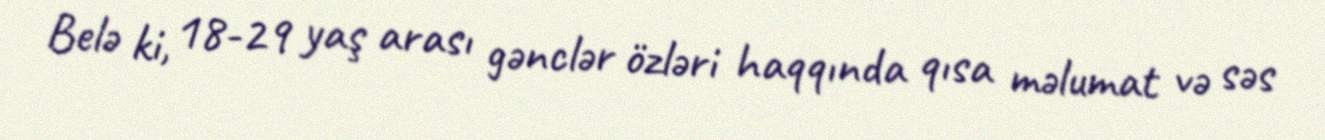
Belə ki, 18-29 yaş arası gənclər özləri haqqında qısa məlumat və səs